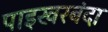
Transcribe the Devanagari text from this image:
पाइखरबंदा